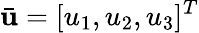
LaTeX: \bar{\mathbf{u}}=[u_{1},u_{2},u_{3}]^{T}